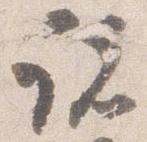
諸